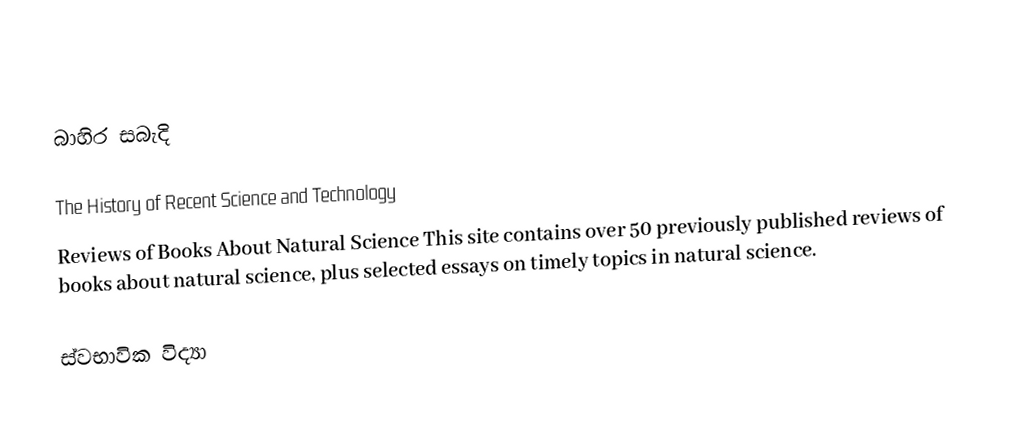

බාහිර සබැදි

 The History of Recent Science and Technology
 Reviews of Books About Natural Science  This site contains over 50 previously published reviews of books about natural science, plus selected essays on timely topics in natural science.

ස්වභාවික විද්‍යා